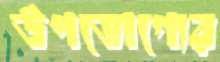
উপভোগ্যের